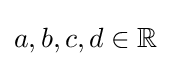
{\textstyle a,b,c,d\in \mathbb {R} }